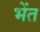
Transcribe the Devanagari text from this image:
भेंत